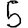
Digit: 5